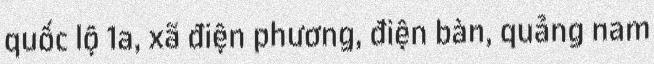
quốc lộ 1a, xã điện phương, điện bàn, quảng nam